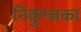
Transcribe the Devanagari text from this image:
निकुन्जका